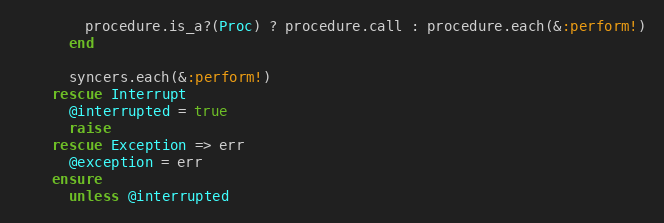
Language: Ruby
        procedure.is_a?(Proc) ? procedure.call : procedure.each(&:perform!)
      end

      syncers.each(&:perform!)
    rescue Interrupt
      @interrupted = true
      raise
    rescue Exception => err
      @exception = err
    ensure
      unless @interrupted